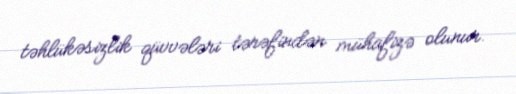
təhlükəsizlik qüvvələri tərəfindən mühafizə olunur.